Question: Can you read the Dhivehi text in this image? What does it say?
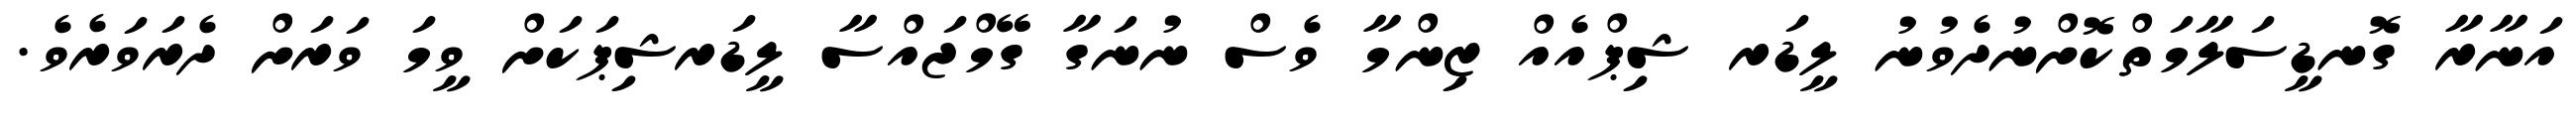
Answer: އަނާރާ ގޮނޑީސަލާމަތްކޮށްނުދެވުނު ލީޑަރ ޝިޕްއެއް ޒިންމާ ވެސް ނުނަގާ ގޭމްޖައްސާ ލީޑަރޝިޕަކަށް ވީމަ ވަރަށް ދެރަވަރެވެ.